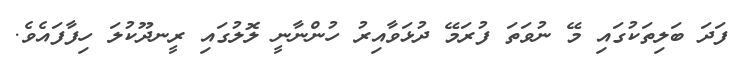
ފަދަ ބަލިތަކުގައި މޭ ނުވަތަ ފުރަމޭ ދުޅަވާއިރު ހުންނާނީ ލޮލުގައި ރީނދޫކުލަ ހިފާފައެވެ.